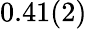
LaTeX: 0.41(2)